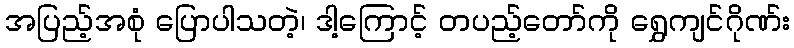
အပြည့်အစုံ ပြောပါသတဲ့၊ ဒါ့ကြောင့် တပည့်တော်ကို ရွှေကျင်ဂိုဏ်း